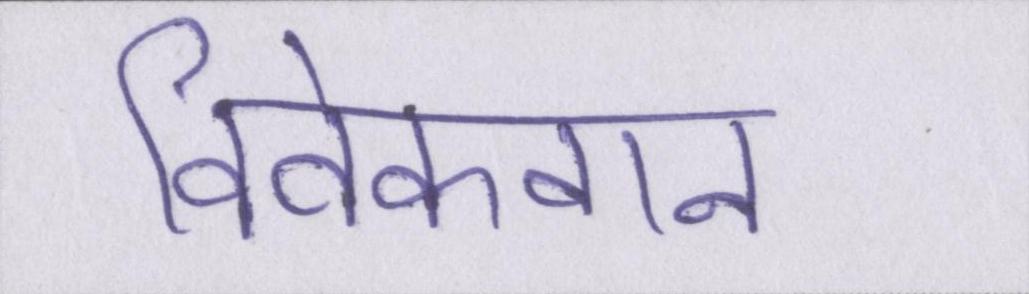
विवेकवान